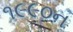
૧૯૯૦ન